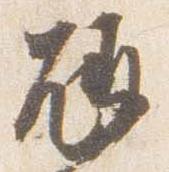
瓶